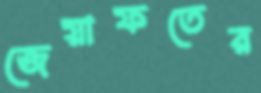
জেয়াফতের